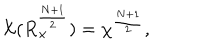
LaTeX: { \cal X } ( R _ { \times } ^ { \frac { N + 1 } { 2 } } ) = { \chi } ^ { \frac { N + 1 } { 2 } } ,